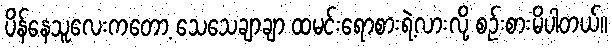
ပိန်နေသူလေးကတော့ သေသေချာချာ ထမင်းရောစားရဲ့လားလို့ စဉ်းစားမိပါတယ်။